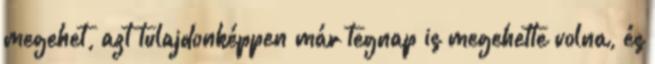
megehet, azt tulajdonképpen már tegnap is megehette volna, és